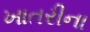
ખાતરીના